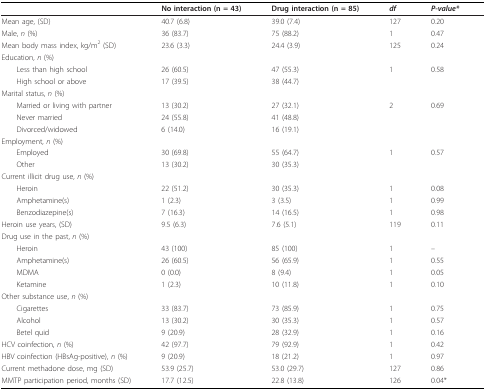
<table><thead><tr><td></td><td><b>No interaction (n = 43)</b></td><td><b>Drug interaction (n = 85)</b></td><td><b><i>df</i></b></td><td><b><i>P</i>-<i>value*</i></b></td></tr></thead><tbody><tr><td>Mean age, (SD)</td><td>40.7 (6.8)</td><td>39.0 (7.4)</td><td>127</td><td>0.20</td></tr><tr><td>Male, <i>n </i>(%)</td><td>36 (83.7)</td><td>75 (88.2)</td><td>1</td><td>0.47</td></tr><tr><td>Mean body mass index, kg/m<sup>2 </sup>(SD)</td><td>23.6 (3.3)</td><td>24.4 (3.9)</td><td>125</td><td>0.24</td></tr><tr><td>Education, <i>n </i>(%)</td><td></td><td></td><td></td><td></td></tr><tr><td> Less than high school</td><td>26 (60.5)</td><td>47 (55.3)</td><td>1</td><td>0.58</td></tr><tr><td> High school or above</td><td>17 (39.5)</td><td>38 (44.7)</td><td></td><td></td></tr><tr><td>Marital status, <i>n </i>(%)</td><td></td><td></td><td></td><td></td></tr><tr><td> Married or living with partner</td><td>13 (30.2)</td><td>27 (32.1)</td><td>2</td><td>0.69</td></tr><tr><td> Never married</td><td>24 (55.8)</td><td>41 (48.8)</td><td></td><td></td></tr><tr><td> Divorced/widowed</td><td>6 (14.0)</td><td>16 (19.1)</td><td></td><td></td></tr><tr><td>Employment, <i>n </i>(%)</td><td></td><td></td><td></td><td></td></tr><tr><td> Employed</td><td>30 (69.8)</td><td>55 (64.7)</td><td>1</td><td>0.57</td></tr><tr><td> Other</td><td>13 (30.2)</td><td>30 (35.3)</td><td></td><td></td></tr><tr><td>Current illicit drug use, <i>n </i>(%)</td><td></td><td></td><td></td><td></td></tr><tr><td> Heroin</td><td>22 (51.2)</td><td>30 (35.3)</td><td>1</td><td>0.08</td></tr><tr><td> Amphetamine(s)</td><td>1 (2.3)</td><td>3 (3.5)</td><td>1</td><td>0.99</td></tr><tr><td> Benzodiazepine(s)</td><td>7 (16.3)</td><td>14 (16.5)</td><td>1</td><td>0.98</td></tr><tr><td>Heroin use years, (SD)</td><td>9.5 (6.3)</td><td>7.6 (5.1)</td><td>119</td><td>0.11</td></tr><tr><td>Drug use in the past, <i>n </i>(%)</td><td></td><td></td><td></td><td></td></tr><tr><td> Heroin</td><td>43 (100)</td><td>85 (100)</td><td>1</td><td>--</td></tr><tr><td> Amphetamine(s)</td><td>26 (60.5)</td><td>56 (65.9)</td><td>1</td><td>0.55</td></tr><tr><td> MDMA</td><td>0 (0.0)</td><td>8 (9.4)</td><td>1</td><td>0.05</td></tr><tr><td> Ketamine</td><td>1 (2.3)</td><td>10 (11.8)</td><td>1</td><td>0.10</td></tr><tr><td>Other substance use, <i>n </i>(%)</td><td></td><td></td><td></td><td></td></tr><tr><td> Cigarettes</td><td>33 (83.7)</td><td>73 (85.9)</td><td>1</td><td>0.75</td></tr><tr><td> Alcohol</td><td>13 (30.2)</td><td>30 (35.3)</td><td>1</td><td>0.57</td></tr><tr><td> Betel quid</td><td>9 (20.9)</td><td>28 (32.9)</td><td>1</td><td>0.16</td></tr><tr><td>HCV coinfection, <i>n </i>(%)</td><td>42 (97.7)</td><td>79 (92.9)</td><td>1</td><td>0.42</td></tr><tr><td>HBV coinfection (HBsAg-positive), <i>n </i>(%)</td><td>9 (20.9)</td><td>18 (21.2)</td><td>1</td><td>0.97</td></tr><tr><td>Current methadone dose, mg (SD)</td><td>53.9 (25.7)</td><td>53.0 (29.7)</td><td>127</td><td>0.86</td></tr><tr><td>MMTP participation period, months (SD)</td><td>17.7 (12.5)</td><td>22.8 (13.8)</td><td>126</td><td>0.04*</td></tr></tbody></table>